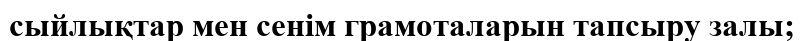
сыйлықтар мен сенім грамоталарын тапсыру залы;